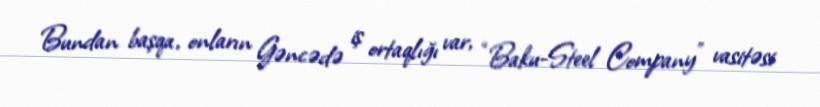
Bundan başqa, onların Gəncədə iş ortaqlığı var, “Baku-Steel Company” vasitəsi